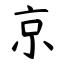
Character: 京